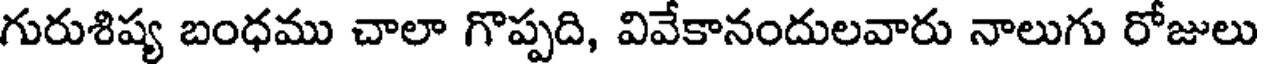
గురుశిష్య బంధము చాలా గొప్పది, వివేకానందులవారు నాలుగు రోజులు